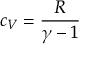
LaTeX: c _ { V } = { \frac { R } { \gamma - 1 } }